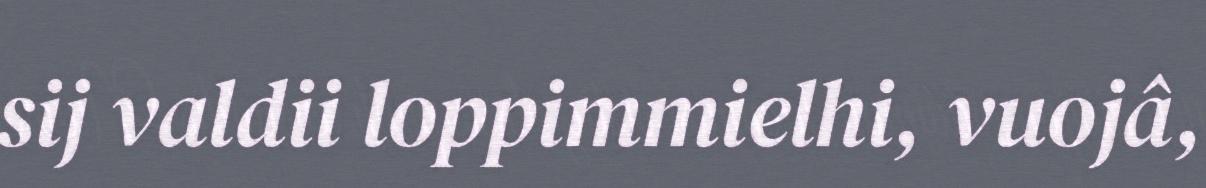
sij valdii loppimmielhi, vuojâ,